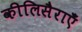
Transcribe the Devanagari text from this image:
कीलिसैराएँ